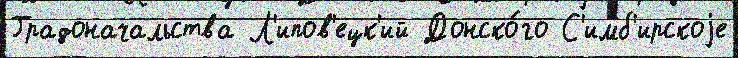
Градоначальства Л'ипов'ецк'ий Донско́го С'имб'ирскоjе